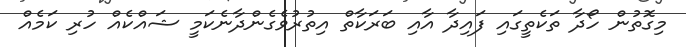
މިގޮތުން ހޯދާ ތަކެތީގައި ފައިދާ އާއި ބަރަކާތް އިތުރުވެގެންދާނެކަމީ ޝައްކެއް ހުރި ކަމެއް